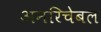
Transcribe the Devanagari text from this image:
अनरिचेबल